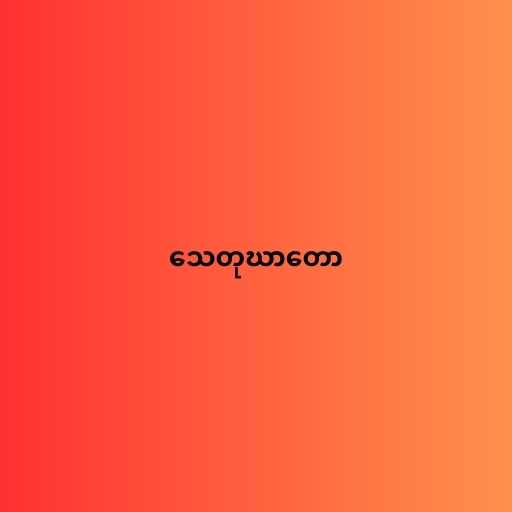
သေတုဃာတော